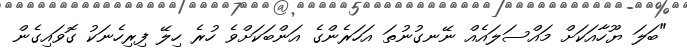
"ބަލަ ޔޫހާއަކަށް މައްސަލައެއް ނޭނގުނުތަ އަހަރެންގެ އަންބަކަށްވެ ހުރެ ހިލޭ ފިރިހެނަކު ގޮވައިގެން